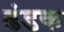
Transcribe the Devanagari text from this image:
ढंडक